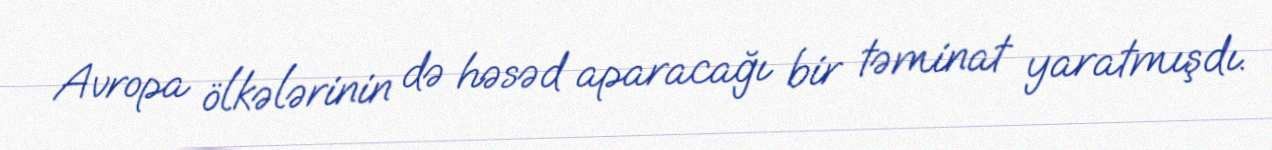
Avropa ölkələrinin də həsəd aparacağı bir təminat yaratmışdı.